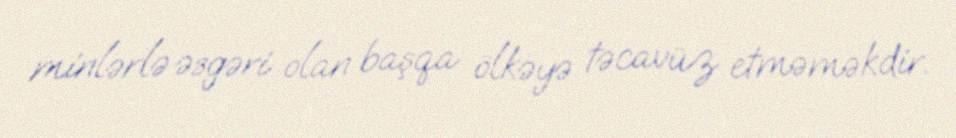
minlərlə əsgəri olan başqa ölkəyə təcavüz etməməkdir.